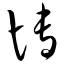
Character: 博